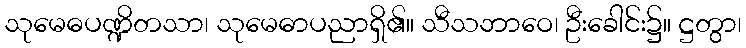
သုမေဓပဏ္ဍိတသာ၊ သုမေဓာပညာရှိ၏။ သီသဘာဝေ၊ ဦးခေါင်း၌။ ဋ္ဌတွာ၊